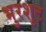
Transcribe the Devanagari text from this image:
भुरशुट